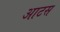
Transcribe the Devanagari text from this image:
आटस